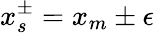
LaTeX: x_{s}^{\pm}=x_{m}\pm\epsilon